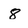
Character: 8